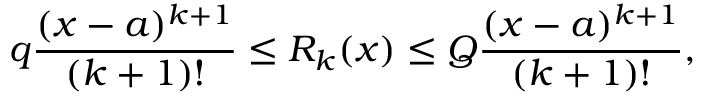
q { \frac { ( x - a ) ^ { k + 1 } } { ( k + 1 ) ! } } \leq R _ { k } ( x ) \leq Q { \frac { ( x - a ) ^ { k + 1 } } { ( k + 1 ) ! } } ,